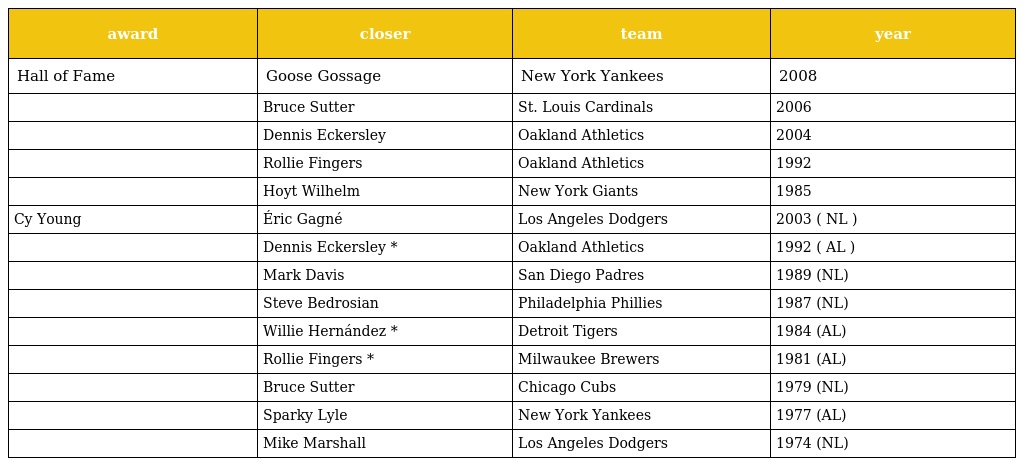
| award | closer | team | year |
 | --- | --- | --- | --- |
 | Hall of Fame | Goose Gossage | New York Yankees | 2008 |
 |  | Bruce Sutter | St. Louis Cardinals | 2006 |
 |  | Dennis Eckersley | Oakland Athletics | 2004 |
 |  | Rollie Fingers | Oakland Athletics | 1992 |
 |  | Hoyt Wilhelm | New York Giants | 1985 |
 | Cy Young | Éric Gagné | Los Angeles Dodgers | 2003 ( NL ) |
 |  | Dennis Eckersley * | Oakland Athletics | 1992 ( AL ) |
 |  | Mark Davis | San Diego Padres | 1989 (NL) |
 |  | Steve Bedrosian | Philadelphia Phillies | 1987 (NL) |
 |  | Willie Hernández * | Detroit Tigers | 1984 (AL) |
 |  | Rollie Fingers * | Milwaukee Brewers | 1981 (AL) |
 |  | Bruce Sutter | Chicago Cubs | 1979 (NL) |
 |  | Sparky Lyle | New York Yankees | 1977 (AL) |
 |  | Mike Marshall | Los Angeles Dodgers | 1974 (NL) |